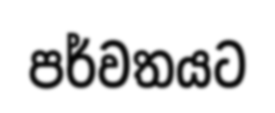
පර්වතයට